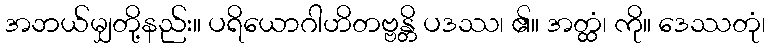
အဘယ်မျှတို့နည်း။ ပရိယောဂါဟိတဗ္ဗန္တိ ပဒဿ၊ ၏။ အတ္ထံ၊ ကို။ ဒေဿတုံ၊